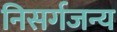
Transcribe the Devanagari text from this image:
निसर्गजन्य